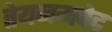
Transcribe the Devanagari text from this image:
तेयनमपेट